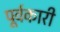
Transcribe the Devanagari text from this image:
पूर्वकारी